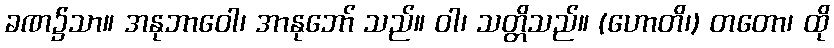
ခဏ၌သာ။ အနုဘာဝေါ၊ အာနုဘော် သည်။ ဝါ၊ သတ္တိသည်။ (ဟောတိ၊) တတော၊ ထို